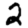
Digit: 2